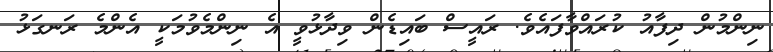
ނިންމުން ދިފާއު ކުރައްވާފައެވެ. ރައީސް ބައިޑެން ވިދާޅުވީ އެ ނިންމެވުމަަކީ އެންމެ ރަނގަޅު